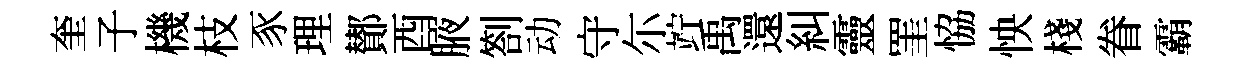
奎子機枝豕理鄼酉腋劄动守尓竚禹還糾靈罣恊怏棧眷霸